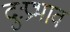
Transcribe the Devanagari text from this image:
दुःप्रभाव